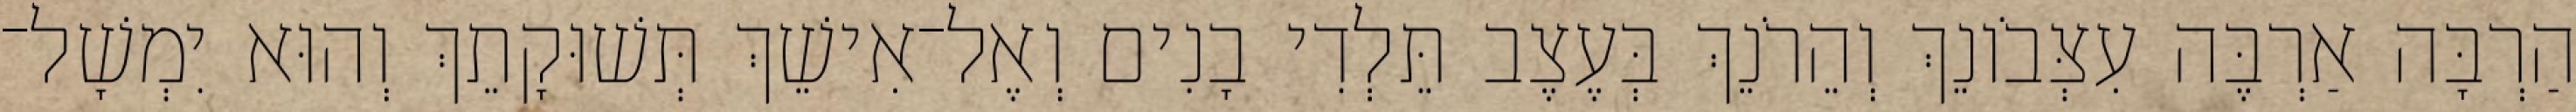
הַרְבָּה אַרְבֶּה עִצְּבֹונֵךְ וְהֵרֹנֵךְ בְּעֶצֶב תֵּלְדִי בָנִים וְאֶל־אִישֵׁךְ תְּשׁוּקָתֵךְ וְהוּא יִמְשָׁל־